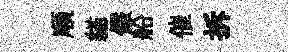
順貓儼船催拆